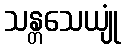
သန္တသေယျုံ